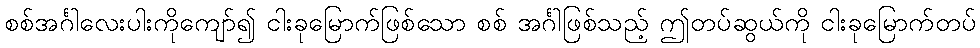
စစ်အင်္ဂါလေးပါးကိုကျော်၍ ငါးခုမြောက်ဖြစ်သော စစ် အင်္ဂါဖြစ်သည့် ဤတပ်ဆွယ်ကို ငါးခုမြောက်တပ်